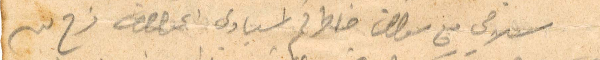
سلامي مع سؤال خاطركم اسيادي  [...] فرح بيه